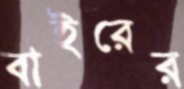
বাইরের